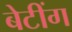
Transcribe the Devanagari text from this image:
बेटींग